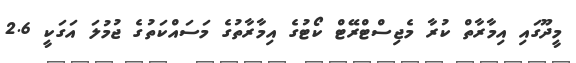
މީދޫގައި އިމާރާތް ކުރާ މެޖިސްޓްރޭޓް ކޯޓުގެ އިމާރާތުގެ މަސައްކަތުގެ ޖުމުލަ އަގަކީ 2.6